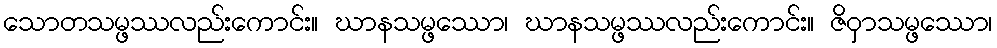
သောတသမ္ဖဿလည်းကောင်း။ ဃာနသမ္ဖဿော၊ ဃာနသမ္ဖဿလည်းကောင်း။ ဇိဝှာသမ္ဖဿော၊